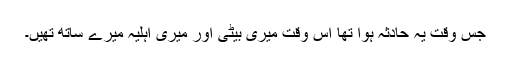
جس وقت یہ حادثہ ہوا تھا اس وقت میری بیٹی اور میری اہلیہ میرے ساتھ تھیں۔